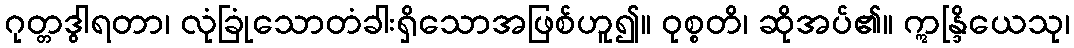
ဂုတ္တဒွါရတာ၊ လုံခြုံသောတံခါးရှိသောအဖြစ်ဟူ၍။ ဝုစ္စတိ၊ ဆိုအပ်၏။ ဣန္ဒြိယေသု၊